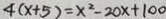
4 ( x + 5 ) = x ^ { 2 } - 2 0 x + 1 0 0